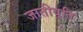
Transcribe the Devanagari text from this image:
जातीवृति